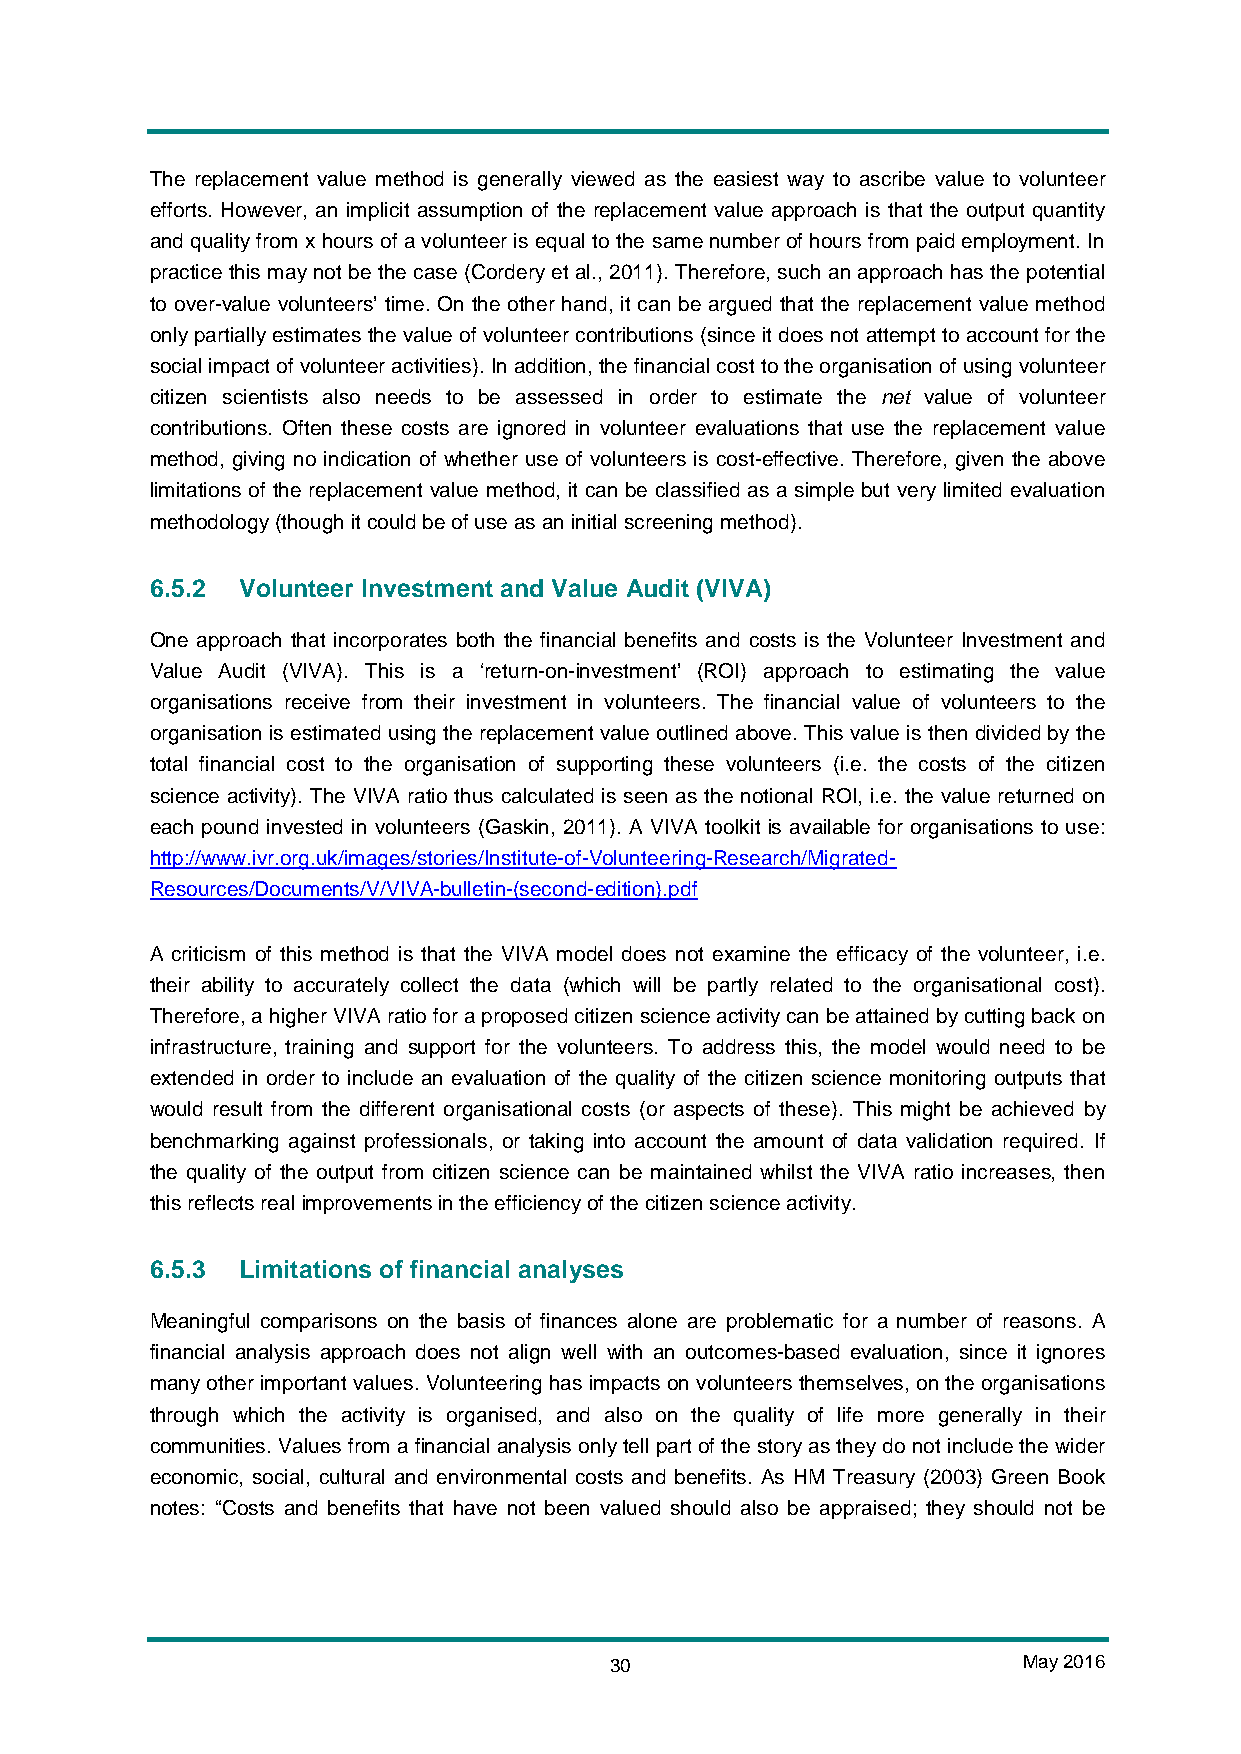
The replacement value method is generally viewed as the easiest way to ascribe value to volunteer
 efforts. However, an implicit assumption of the replacement value approach is that the output quantity
 and quality from x hours of a volunteer is equal to the same number of hours from paid employment. In
 practice this may not be the case (Cordery et al., 2011). Therefore, such an approach has the potential
 to over-value volunteers’ time. On the other hand, it can be argued that the replacement value method
 only partially estimates the value of volunteer contributions (since it does not attempt to account for the
 social impact of volunteer activities). In addition, the financial cost to the organisation of using volunteer
 citizen scientists also needs to be assessed in order to estimate the net value of volunteer
 contributions. Often these costs are ignored in volunteer evaluations that use the replacement value
 method, giving no indication of whether use of volunteers is cost-effective. Therefore, given the above
 limitations of the replacement value method, it can be classified as a simple but very limited evaluation
 methodology (though it could be of use as an initial screening method).
 6.5.2 Volunteer Investment and Value Audit (VIVA)
 One approach that incorporates both the financial benefits and costs is the Volunteer Investment and
 Value Audit (VIVA). This is a ‘return-on-investment’ (ROI) approach to estimating the value
 organisations receive from their investment in volunteers. The financial value of volunteers to the
 organisation is estimated using the replacement value outlined above. This value is then divided by the
 total financial cost to the organisation of supporting these volunteers (i.e. the costs of the citizen
 science activity). The VIVA ratio thus calculated is seen as the notional ROI, i.e. the value returned on
 each pound invested in volunteers (Gaskin, 2011). A VIVA toolkit is available for organisations to use:
 http://www.ivr.org.uk/images/stories/Institute-of-Volunteering-Research/Migrated-
 Resources/Documents/V/VIVA-bulletin-(second-edition).pdf
 A criticism of this method is that the VIVA model does not examine the efficacy of the volunteer, i.e.
 their ability to accurately collect the data (which will be partly related to the organisational cost).
 Therefore, a higher VIVA ratio for a proposed citizen science activity can be attained by cutting back on
 infrastructure, training and support for the volunteers. To address this, the model would need to be
 extended in order to include an evaluation of the quality of the citizen science monitoring outputs that
 would result from the different organisational costs (or aspects of these). This might be achieved by
 benchmarking against professionals, or taking into account the amount of data validation required. If
 the quality of the output from citizen science can be maintained whilst the VIVA ratio increases, then
 this reflects real improvements in the efficiency of the citizen science activity.
 6.5.3 Limitations of financial analyses
 Meaningful comparisons on the basis of finances alone are problematic for a number of reasons. A
 financial analysis approach does not align well with an outcomes-based evaluation, since it ignores
 many other important values. Volunteering has impacts on volunteers themselves, on the organisations
 through which the activity is organised, and also on the quality of life more generally in their
 communities. Values from a financial analysis only tell part of the story as they do not include the wider
 economic, social, cultural and environmental costs and benefits. As HM Treasury (2003) Green Book
 notes: “Costs and benefits that have not been valued should also be appraised; they should not be
 30                          May 2016